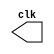
// -------------------------
// Exemplo0041  Gerador de clock
// Nome: Willian Antonio dos Santos
// -------------------------
// ---------------------------
// -- clock generator (1)
// ---------------------------
module clock ( clk );
       output clk;
       reg clk;
       initial begin
               clk = 1'b0;
       end
       always begin
           #12 clk = ~clk;
       end
endmodule // clock ( )
// ---------------------------
// -- test clock generator
// ---------------------------
module Exemplo0041;
       wire clk;
       clock CLK1 ( clk );
       initial begin
               $dumpfile ( "Exemplo0041.vcd" );
               $dumpvars;
          #120 $finish;
       end
endmodule // Exemplo041 ( )